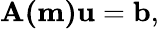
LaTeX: \mathbf{A(m)u}=\mathbf{b},